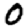
Digit: 0